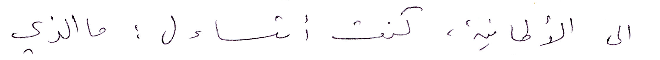
الى الألمانية، كنت أتساءل: ما الذي